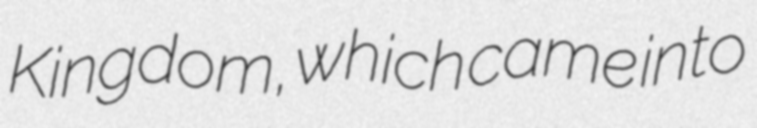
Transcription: Kingdom, which came into